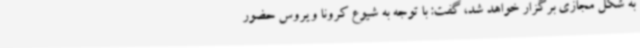
به شکل مجازی برگزار خواهد شد، گفت: با توجه به شیوع کرونا ویروس حضور